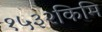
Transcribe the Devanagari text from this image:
१५३२किमि